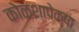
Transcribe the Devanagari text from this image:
कोळशापेक्षा